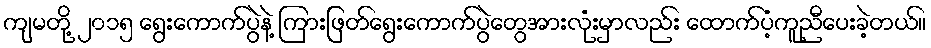
ကျမတို့ ၂၀၁၅ ရွေးကောက်ပွဲနဲ့ ကြားဖြတ်ရွေးကောက်ပွဲတွေအားလုံးမှာလည်း ထောက်ပံ့ကူညီပေးခဲ့တယ်။